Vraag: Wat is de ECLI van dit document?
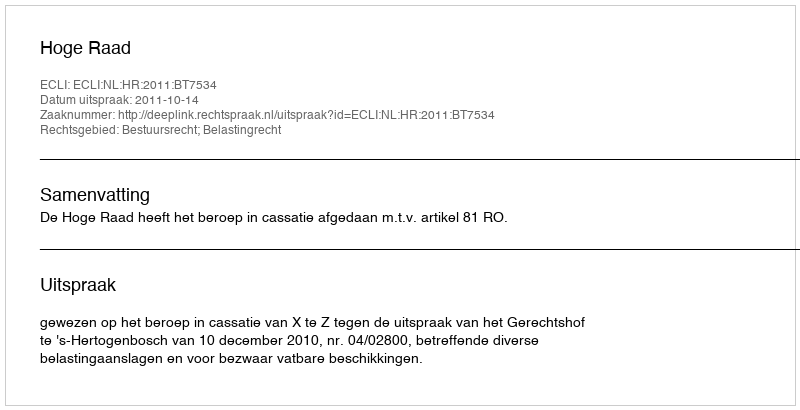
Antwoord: ECLI:NL:HR:2011:BT7534